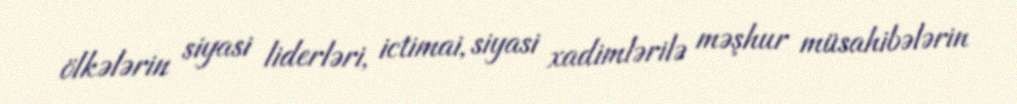
ölkələrin siyasi liderləri, ictimai, siyasi xadimlərilə məşhur müsahibələrin